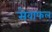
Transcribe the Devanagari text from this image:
सेवाफल